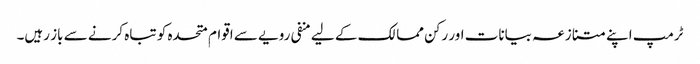
ٹرمپ اپنے متنازعہ بیانات اور رکن ممالک کے لیے منفی رویے سے اقوام متحدہ کو تباہ کرنے سے باز رہیں۔